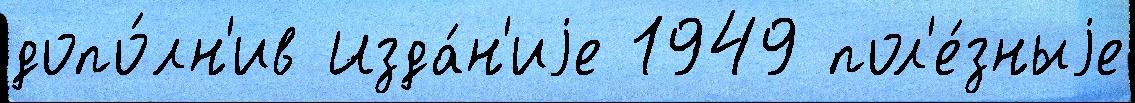
допо́лн'ив Изда́н'иjе 1949 пол'е́зныjе